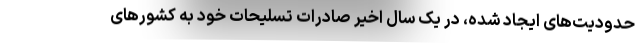
حدودیت‌های ایجاد شده، در یک سال اخیر صادرات تسلیحات خود به کشورهای